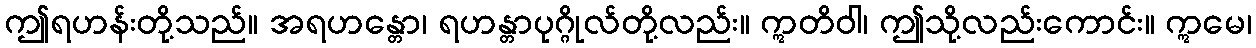
ဤရဟန်းတို့သည်။ အရဟန္တော၊ ရဟန္တာပုဂ္ဂိုလ်တို့လည်း။ ဣတိဝါ၊ ဤသို့လည်းကောင်း။ ဣမေ၊